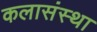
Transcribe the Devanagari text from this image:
कलासंस्था